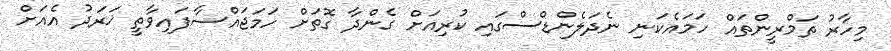
މިހާރު ތަމްރީންތައް ހަމައެކަނި ނެދަލެންޑްސްގައި ކުރިއަށް ގެންދާ ގޮތަށް ހަމަޖައްސާފައިވާތީ ޚަރަދު އެއަށް